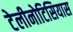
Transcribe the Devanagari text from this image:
टेलीनोटिसियास